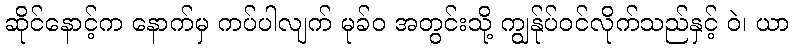
ဆိုင်နောင့်က နောက်မှ ကပ်ပါလျက် မုခ်ဝ အတွင်းသို့ ကျွန်ုပ်ဝင်လိုက်သည်နှင့် ဝဲ၊ ယာ